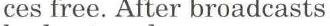
ces free. After broadcasts